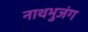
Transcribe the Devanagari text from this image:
नाथभुजंग